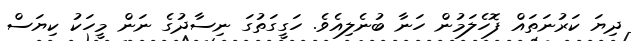
ދިޔަ ކަރުނަތައް ފޮހެލަމުން ހަނާ ބުނެލިއެވެ. ހަގީގަތުގަ ނިސާދުގެ ނަން މީހަކު ކިޔަސް